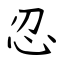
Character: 忍